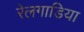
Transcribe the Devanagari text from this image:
रेलगाडिया